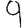
Digit: 9